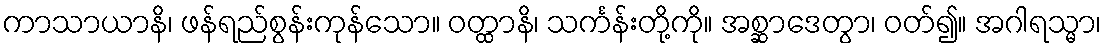
ကာသာယာနိ၊ ဖန်ရည်စွန်းကုန်သော။ ဝတ္ထာနိ၊ သင်္ကန်းတို့ကို။ အစ္ဆာဒေတွာ၊ ဝတ်၍။ အဂါရသ္မာ၊